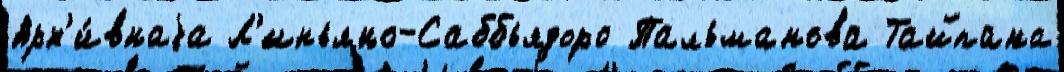
Арх'и́внаjа Л'иньяно-Саббьядоро Пальманова Тайпана